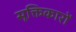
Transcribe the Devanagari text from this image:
सूक्तिकारों